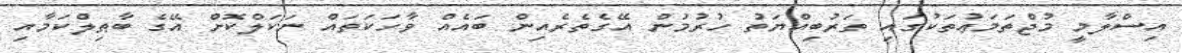
އިސްލާމީ މުޖްތަމަޢުތަކުގައި ތަރުބިއްޔަތު ހުރުމުން އޭގެތެރެއިން ބައެއް ވާހަކަތައް ނަކަލްކޮށް އޭގެ ބާޠިލްކަމާއި